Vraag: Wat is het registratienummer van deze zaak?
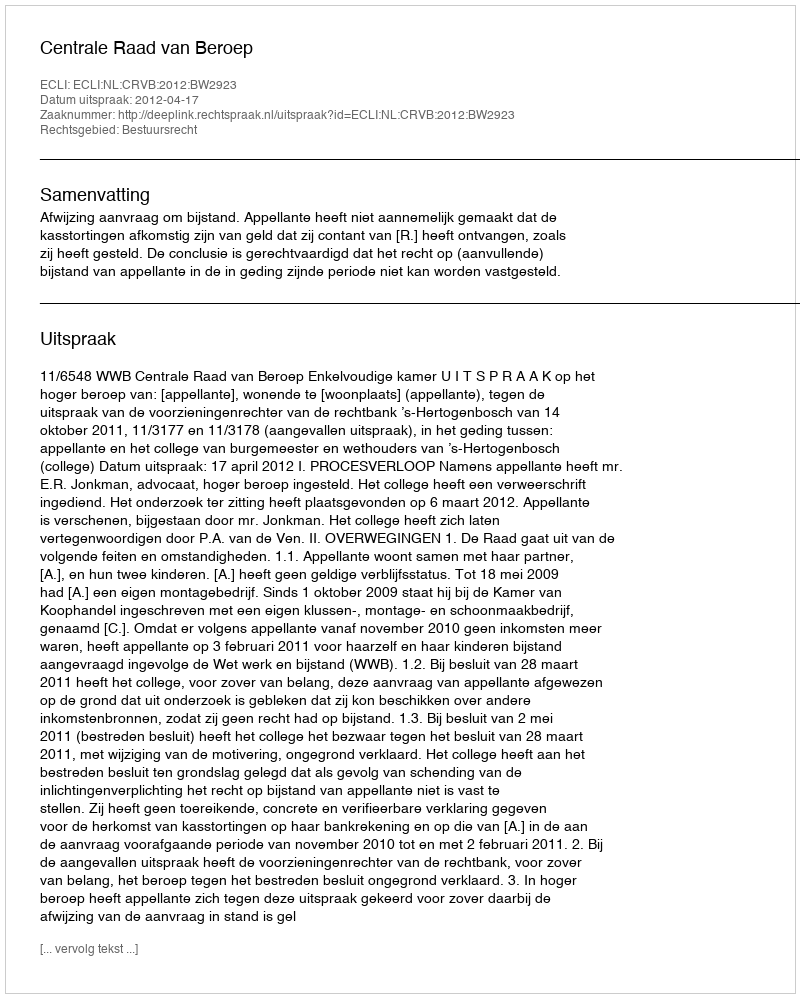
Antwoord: http://deeplink.rechtspraak.nl/uitspraak?id=ECLI:NL:CRVB:2012:BW2923